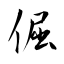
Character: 倔